Report of the Municipal Commissioner on the plague in Bombay for the year ending 31st May... - Volume 1
Disease focus: Plague
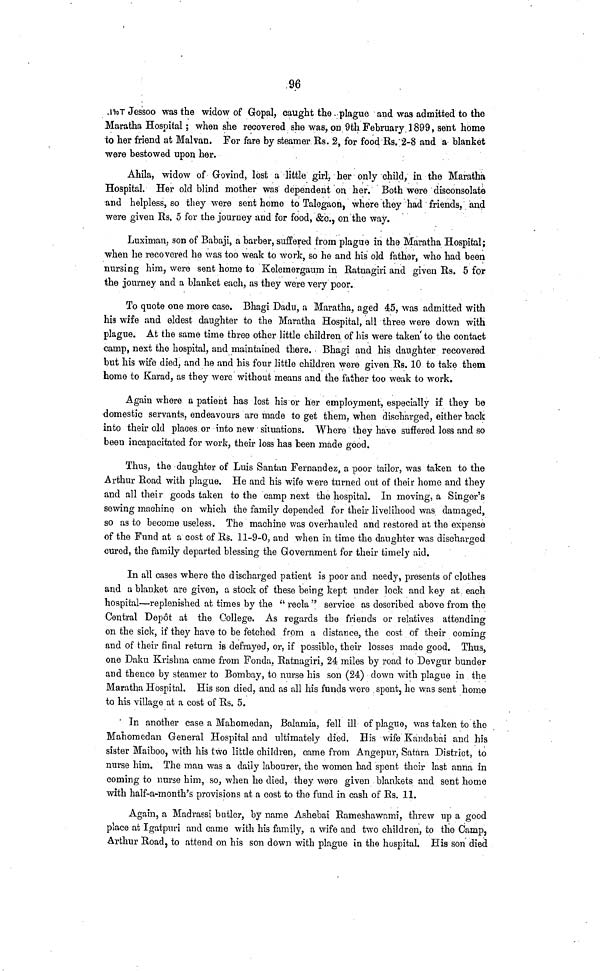
96
no T Jessoo was the widow of Gopal, caught the plague and was admitted to the
Maratha Hospital ; when she recovered she was, on 9th February 1899, sent home
to her friend at Malvan. For fare by steamer Rs. 2, for food Rs. 2-8 and a blanket
were bestowed upon her.
Ahila, widow of Govind, lost a little girl, her only child, in the Maratha
Hospital. Her old blind mother was dependent on her. Both were disconsolate
and helpless, so they were sent home to Talegaon, where they had friends, and
were given Rs. 5 for the journey and for food, &c., on the way.
Luximan, son of Babaji, a barber, suffered from plague in the Maratha Hospital;
when he recovered he was too weak to work, so he and his old father, who had been
nursing him, were sent home to Kelemergaum in Ratnagiri and given Rs. 5 for
the journey and a blanket each, as they were very poor.
To quote one more case. Bhagi Dadu, a Maratha, aged 45, was admitted with
his wife and eldest daughter to the Maratha Hospital, all three were down with
plague. At the same time three other little children of his were taken to the contact
camp, next the hospital, and maintained there. Bhagi and his daughter recovered
but his wife died, and he and his four little children were given Rs. 10 to take them
home to Karad, as they were without means and the father too weak to work.
Again where a patient has lost his or her employment, especially if they be
domestic servants, endeavours are made to get them, when discharged, either back
into their old places or into new situations. Where they have suffered loss and so
been incapacitated for work, their loss has been made good.
Thus, the daughter of Luis Santan Fernandez, a poor tailor, was taken to the
Arthur Road with plague. He and his wife were turned out of their home and they
and all their goods taken to the camp next the hospital. In moving, a Singer's
sewing machine on which the family depended for their livelihood was damaged,
so as to become useless. The machine was overhauled and restored at the expense
of the Fund at a cost of Rs. 11-9-0, and when in time the daughter was discharged
cured, the family departed blessing the Government for their timely aid.
In all cases where the discharged patient is poor and needy, presents of clothes
and a blanket are given, a stock of these being kept under lock and key at each
hospital—replenished at times by the " recla " service as described above from the
Central Depot at the College. As regards the friends or relatives attending
on the sick, if they have to be fetched from a distance, the cost of their coming
and of their final return is defrayed, or, if possible, their losses made good. Thus,
one Daku Krishna came from Fonda, Ratnagiri, 24 miles by road to Devgur bunder
and thence by steamer to Bombay, to nurse his son (24) down with plague in the
Maratha Hospital. His son died, and as all his funds were spent, he was sent home
to his village at a cost of Rs. 5.
In another case a Mahomedan, Balamia, fell ill of plague, was taken to the
Mahomedan General Hospital and ultimately died. His wife Kandabai and his
sister Maiboo, with his two little children, came from Angepur, Satara District, to
nurse him. The man was a daily labourer, the women had spent their last anna in
coming to nurse him, so, when he died, they were given blankets and sent home
with half-a-month's provisions at a cost to the fund in cash of Rs. 11.
Again, a Madrassi butler, by name Ashebai Rameshawami, threw up a good
place at Igatpuri and came with his family, a wife and two children, to the Camp,
Arthur Road, to attend on his son down with plague in the hospital. His son died